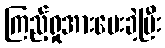
ကြည့်ရှုအားပေးခဲ့ပြီး